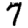
Digit: 7